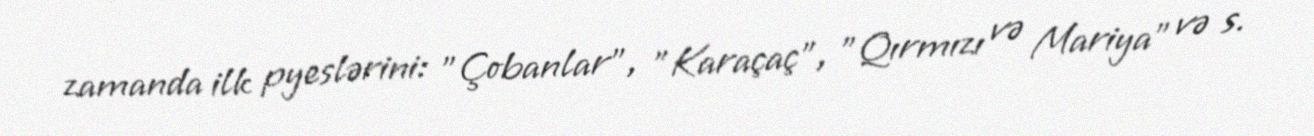
zamanda ilk pyeslərini: "Çobanlar", "Karaçaç", "Qırmızı və Mariya" və s.